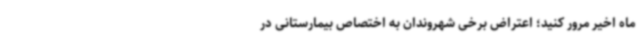
ماه اخیر مرور کنید؛ اعتراض برخی شهروندان به اختصاص بیمارستانی در